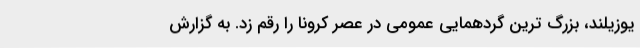
یوزیلند، بزرگ ترین گردهمایی عمومی در عصر کرونا را رقم زد. به گزارش